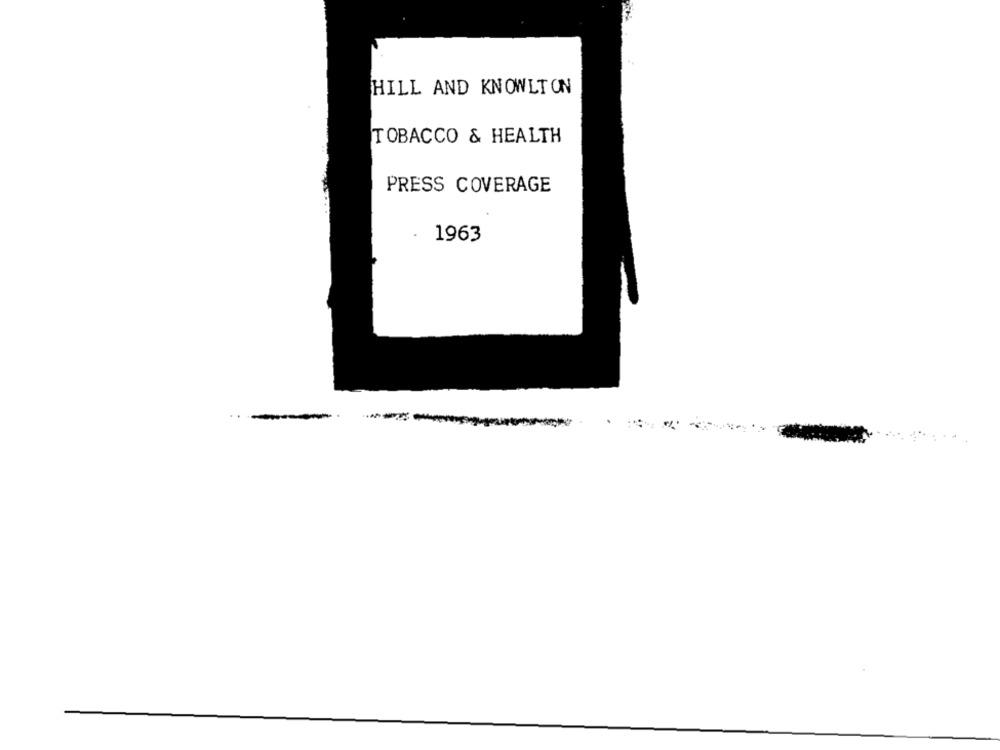
HILL AND KNOWLTON
TOBACCO & HEALTH
PRESS COVERAGE
1963